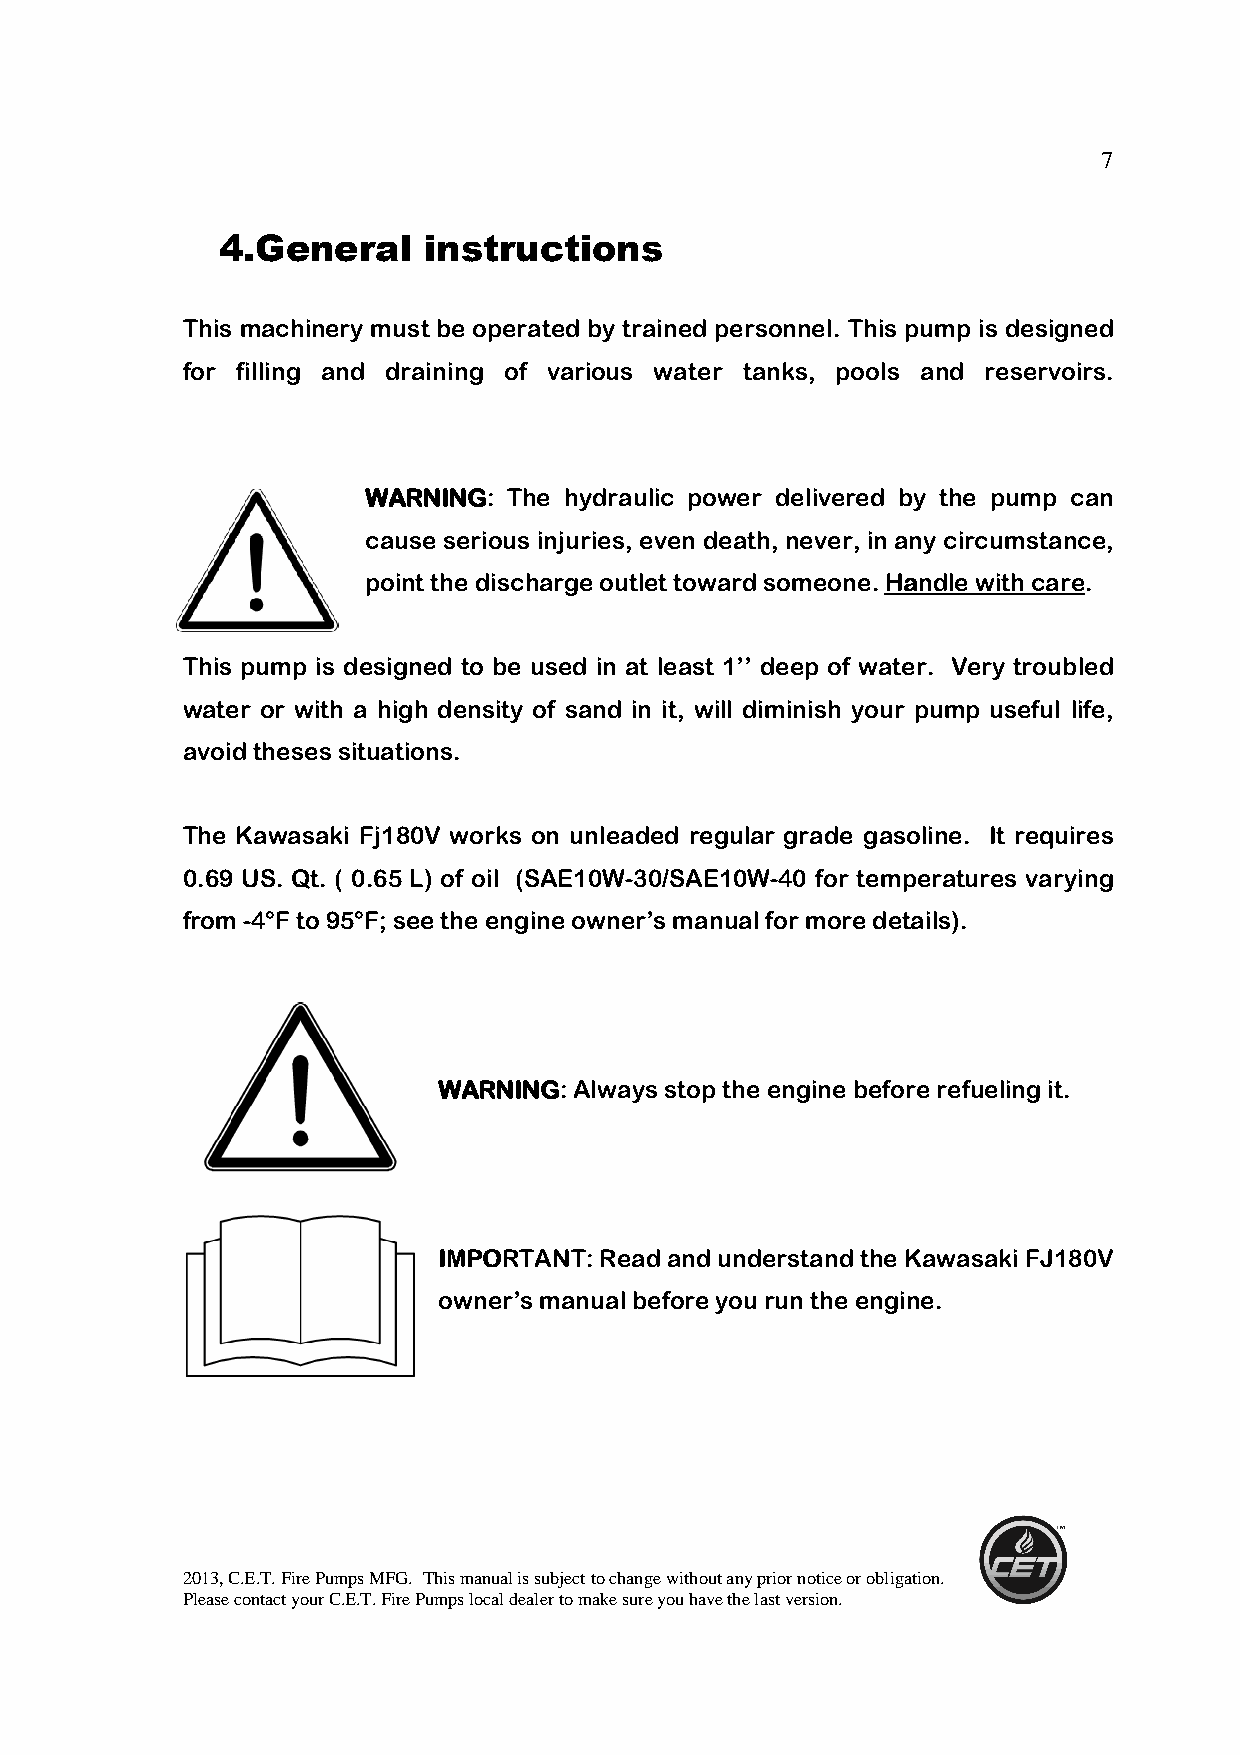
7
 4.General     instructions
 This machinery must be operated by trained personnel. This pump is designed
 for filling and draining of various water tanks, pools and reservoirs.
 WWWWAAAARRRRNNNNIIIINNNNGGGG: The hydraulic power delivered by the pump can
 cause serious injuries, even death, never, in any circumstance,
 point the discharge outlet toward someone. HHHHaaaannnnddddlllleeee wwwwiiiitttthhhh ccccaaaarrrreeee.
 This pump is designed to be used in at least 1’’ deep of water. Very troubled
 water or with a high density of sand in it, will diminish your pump useful life,
 avoid theses situations.
 The Kawasaki Fj180V works on unleaded regular grade gasoline. It requires
 0.69 US. Qt. ( 0.65 L) of oil (SAE10W-30/SAE10W-40 for temperatures varying
 from -4°F to 95°F; see the engine owner’s manual for more details).
 WWWWAAAARRRRNNNNIIIINNNNGGGG: Always stop the engine before refueling it.
 IIIIMMMMPPPPOOOORRRRTTTTAAAANNNNTTTT: Read and understand the Kawasaki FJ180V
 owner’s manual before you run the engine.
 2013, C.E.T. Fire Pumps MFG. This manual is subject to change without any prior notice or obligation.
 Please contact your C.E.T. Fire Pumps local dealer to make sure you have the last version.